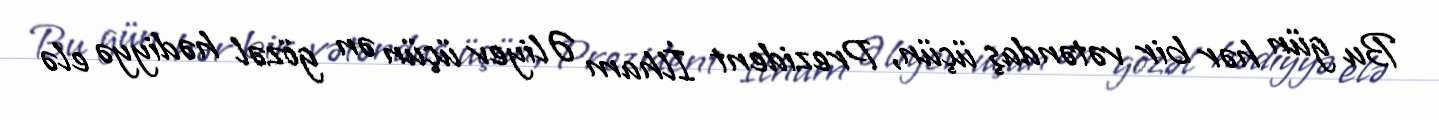
Bu gün hər bir vətəndaş üçün, Prezident İlham Əliyev üçün ən gözəl hədiyyə elə